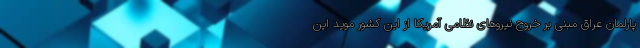
پارلمان عراق مبنی بر خروج نیروهای نظامی آمریکا از این کشور موید این